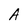
Character: A